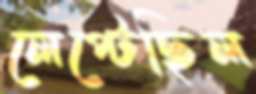
লেপ্‌টেছিল